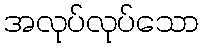
အလုပ်လုပ်သော